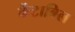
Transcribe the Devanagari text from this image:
कैंटाबिल